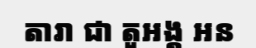
តារា ជា តួអង្គ អន